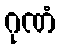
ဂုဏံ